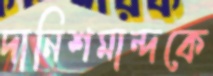
দানিশমান্দকে